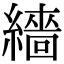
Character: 繬